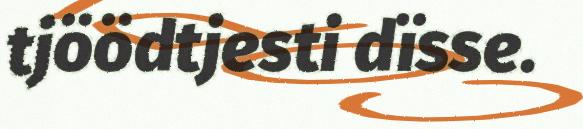
tjöödtjesti dïsse.